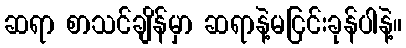
ဆရာ စာသင်ချိန်မှာ ဆရာနဲ့မငြင်းခုန်ပါနဲ့။